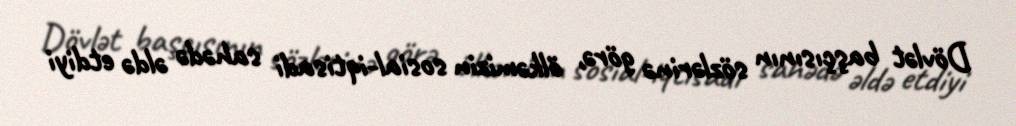
Dövlət başçısının sözlərinə görə, ölkəmizin sosial-iqtisadi sahədə əldə etdiyi